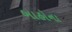
બાહોના